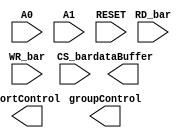
module rw_control_logic(dataBuffer,groupControl,portControl,RD_bar,WR_bar,
A0,A1,CS_bar,RESET);

output dataBuffer, groupControl, portControl;
//dataBuffer => output from control logic to data buffer 
//groupControl => output from control logic to group A&B control 
//portControl => output from control logic to port A,B&C 

input RD_bar, WR_bar, A0, A1, CS_bar, RESET;
//RD_bar => read data from ports to CPU
//WR_bar => write data from CPU to Ports
//A0 & A1 => Port selection
//CS_bar => enable of chip
//RESET => reset signal










endmodule